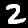
Label: 2